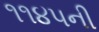
૧૧૪૫ની